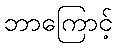
ဘာကြောင့်